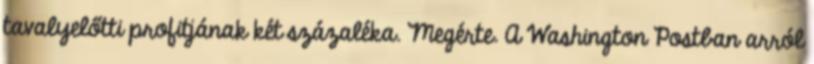
tavalyelőtti profitjának két százaléka. Megérte. A Washington Postban arról